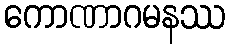
ကောဏာဂမနဿ